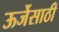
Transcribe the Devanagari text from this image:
ऊर्जेसाठी